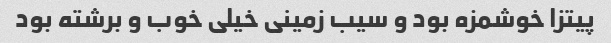
پیتزا خوشمزه بود و سیب زمینی خیلی خوب و برشته بود